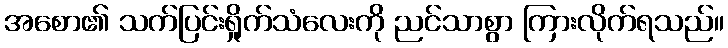
အစော၏ သက်ပြင်းရှိုက်သံလေးကို ညင်သာစွာ ကြားလိုက်ရသည်။